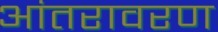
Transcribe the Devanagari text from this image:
आंतरावरण